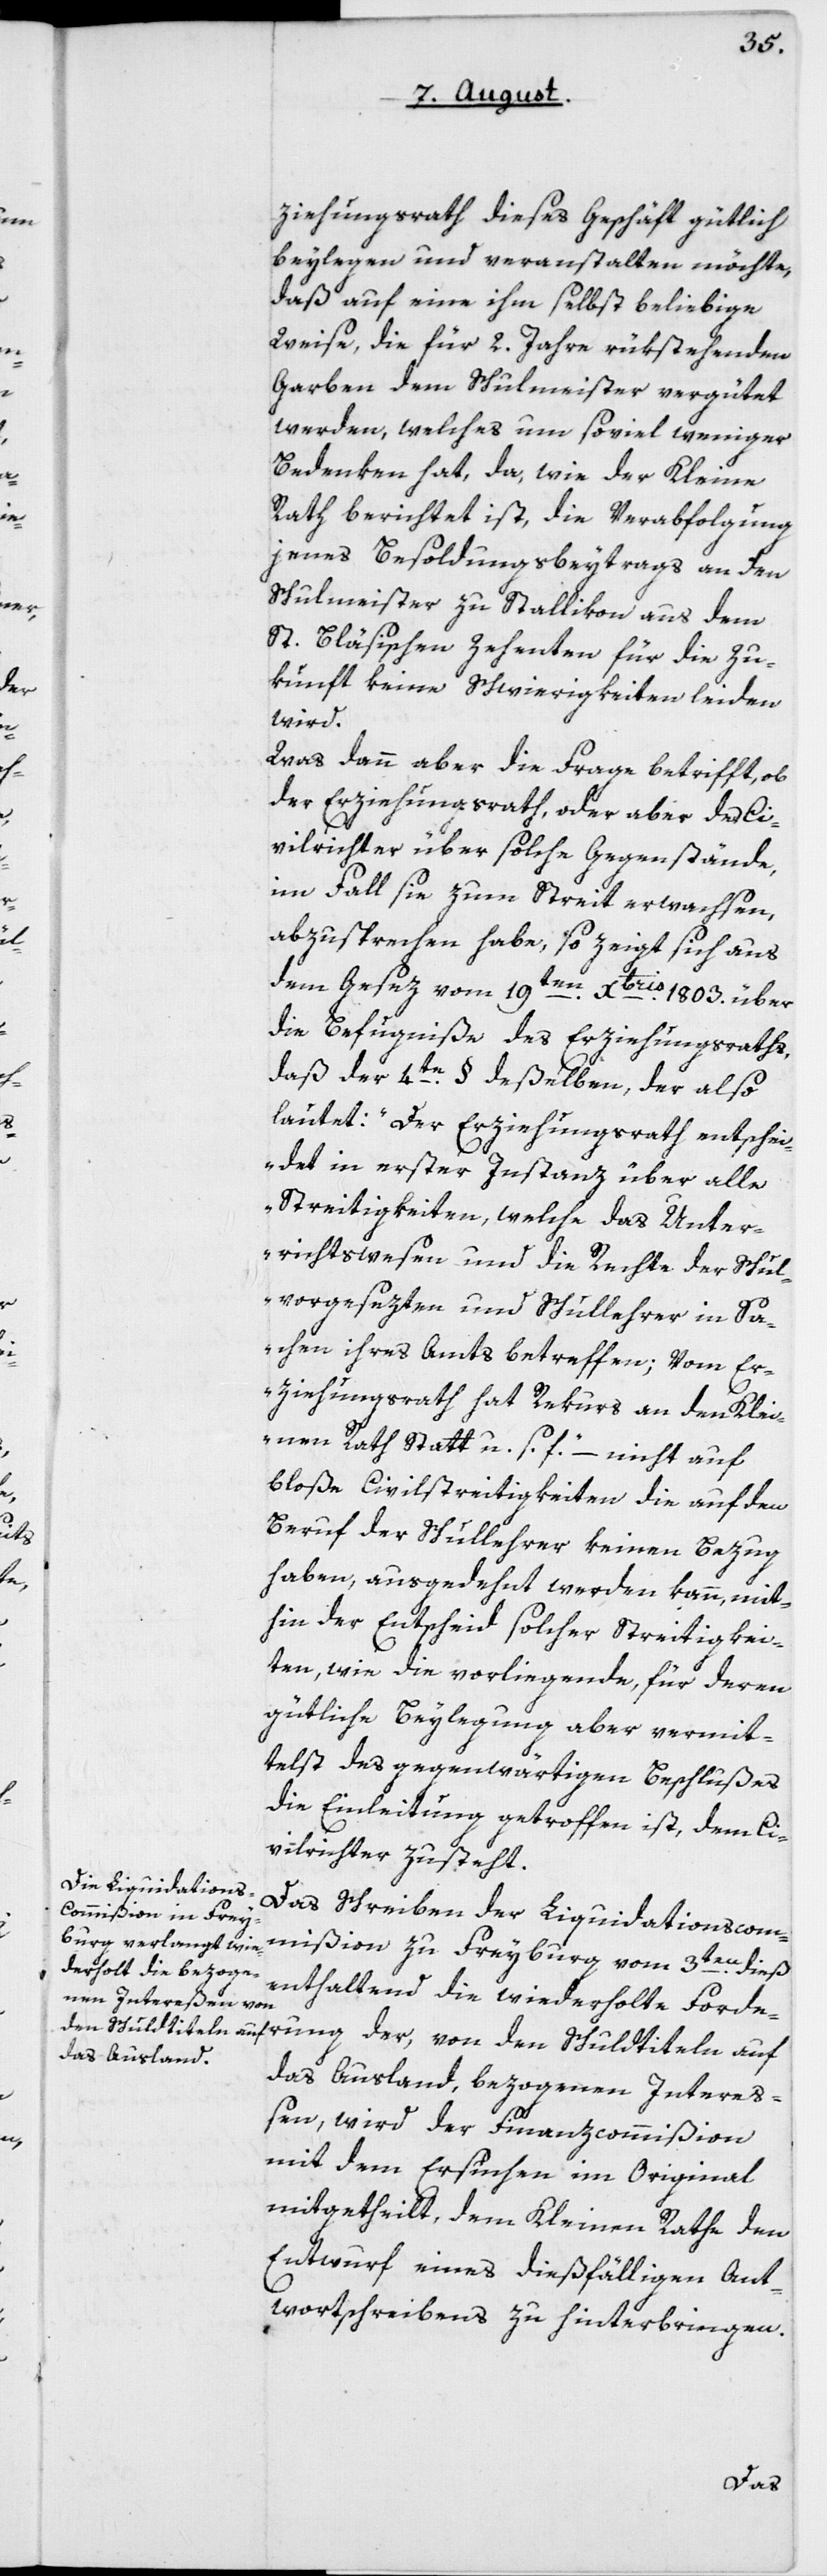
ziehungsrath dieses Geschäft gütlich
beylegen und veranstalten möchte,
daß auf eine ihm selbst beliebige
Weise, die für 2 Jahre rükstehenden
Garben dem Schulmeister vergütet
werden, welches um soviel weniger
Bedenken hat, da, wie der Kleine
Rath berichtet ist, die Verabfolgung
jenes Besoldungsbeytrags an den
Schulmeister zu Stallikon aus dem
St. Bläsischen Zehenten für die Zu¬
kunft keine Schwierigkeiten leiden
wird.
Was dann aber die Frage betrifft, ob
der Erziehungsrath, oder aber der Ci¬
vilrichter über solche Gegenstände,
im Fall sie zum Streit erwachsen,
abzusprechen habe, so zeigt sich aus
dem Gesez vom 19ten Dbris 1803 über
die Befugniße des Erziehungsraths,
daß der 4te Paragraph deßelben, der also
lautet: „Der Erziehungsrath entschei¬
det in erster Instanz über alle
Streitigkeiten, welche das Unter¬
richtswesen und die Rechte der Schul¬
vorgesezten und Schullehrer in Sa¬
chen ihres Amts betreffen; vom Er¬
ziehungsrath hat Rekurs an den Klei¬
nen Rath statt, u. s. f.“ – nicht auf
bloße Civilstreitigkeiten die auf den
Beruf der Schullehrer keinen Bezug
haben, ausgedehnt werden kann, mit¬
hin der Entscheid solcher Streitigkei¬
ten, wie die vorliegende, für deren
gütliche Beylegung aber vermit¬
telst des gegenwärtigen Beschlußes
die Einleitung getroffen ist, dem Ci¬
vilrichter zusteht.
Das Schreiben der Liquidations-Com¬
mißion zu Freyburg vom 3ten dieß
enthaltend die wiederholte Forde¬
das Ausland bezogenen Intere¬
ßen, wird der Finanzcommißion
mit dem Ersuchen im Original
mitgetheilt, dem Kleinen Rathe den
Entwurf eines dießfälligen Ant¬
wortschreibens zu hinterbringen.
rung